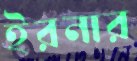
ইরনার